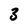
Character: 3